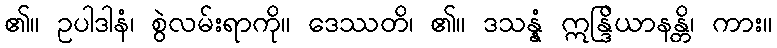
၏။ ဥပါဒါနံ၊ စွဲလမ်းရာကို။ ဒေဿတိ၊ ၏။ ဒသန္နံ ဣန္ဒြိယာနန္တိ၊ ကား။